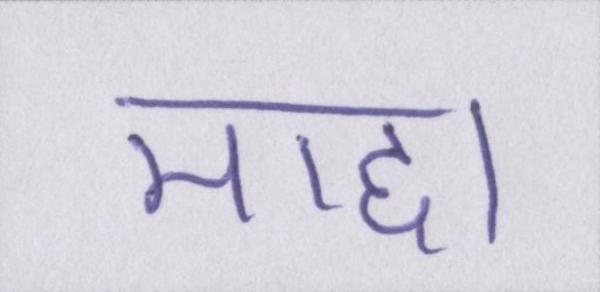
माद्दा